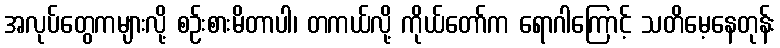
အလုပ်တွေကများလို့ စဉ်းစားမိတာပါ၊ တကယ်လို့ ကိုယ်တော်က ရောဂါကြောင့် သတိမေ့နေတုန်း